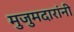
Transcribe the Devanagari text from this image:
मुजुमदारांनी